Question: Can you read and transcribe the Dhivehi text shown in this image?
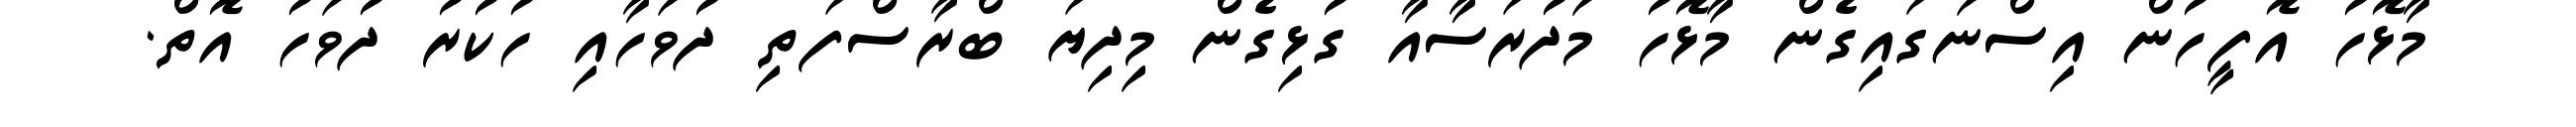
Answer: މާޅޮހު އޮފީހުން އިސްނަގައިގެން މާޅޮހު މަދުރަސާއާ ގުޅިގެން މިދިޔަ ބްރާސްފަތި ދުވަހާއި ހުކުރު ދުވަހު އޮތް.